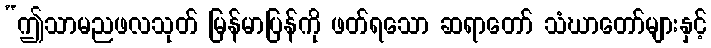
“ဤသာမညဖလသုတ် မြန်မာပြန်ကို ဖတ်ရသော ဆရာတော် သံဃာတော်များနှင့်